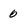
Character: 0